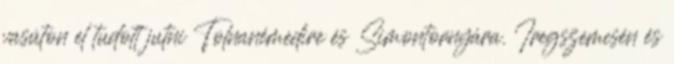
vasúton el tudott jutni Tolnanémedire és Simontornyára. Iregszemcsén és